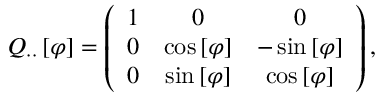
Q _ { \cdot \cdot } \left[ \varphi \right] = \left( \begin{array} { c c c } { 1 } & { 0 } & { 0 } \\ { 0 } & { \cos \left[ \varphi \right] } & { - \sin \left[ \varphi \right] } \\ { 0 } & { \sin \left[ \varphi \right] } & { \cos \left[ \varphi \right] } \end{array} \right) ,